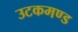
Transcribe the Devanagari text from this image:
उटकमण्ड